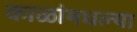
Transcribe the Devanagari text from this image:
काळांमधल्या